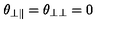
\theta _ { \bot \Vert } = \theta _ { \bot \bot } = 0